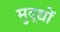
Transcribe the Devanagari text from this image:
मुद्द्यों